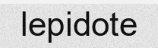
lepidote